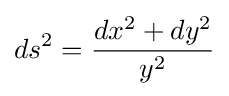
ds^{2}={dx^{2}+dy^{2} \over y^{2}}